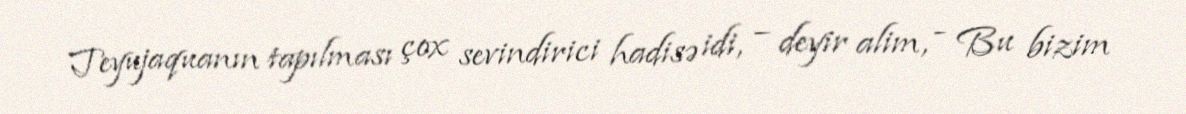
Teyujaquanın tapılması çox sevindirici hadisə idi, – deyir alim, - Bu bizim